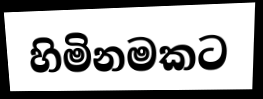
හිමිනමකට